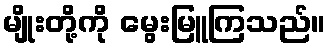
မျိုးတို့ကို မွေးမြူကြသည်။